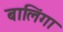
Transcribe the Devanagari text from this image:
बालिंगा